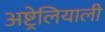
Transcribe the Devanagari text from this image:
अष्ट्रेलियाली